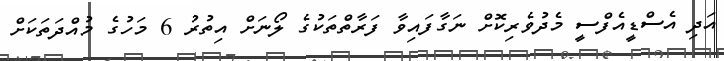
އަދި އެސްޑީއެފްސީ މެދުވެރިކޮށް ނަގާފައިވާ ފަރާތްތަކުގެ ލޯނަށް އިތުރު 6 މަހުގެ މުއްދަތަކަށް